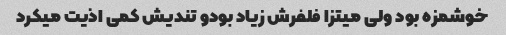
خوشمزه بود ولی میتزا فلفرش زیاد بودو تندیش کمی اذیت میکرد